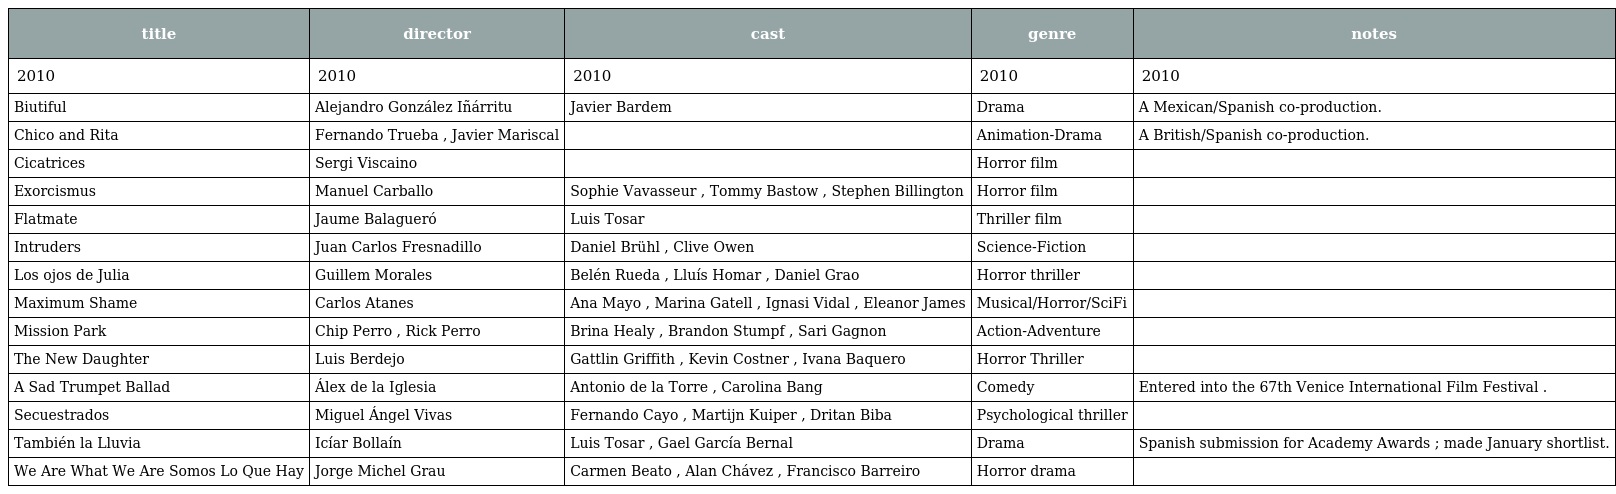
| title | director | cast | genre | notes |
 | --- | --- | --- | --- | --- |
 | 2010 | 2010 | 2010 | 2010 | 2010 |
 | Biutiful | Alejandro González Iñárritu | Javier Bardem | Drama | A Mexican/Spanish co-production. |
 | Chico and Rita | Fernando Trueba , Javier Mariscal |  | Animation-Drama | A British/Spanish co-production. |
 | Cicatrices | Sergi Viscaino |  | Horror film |  |
 | Exorcismus | Manuel Carballo | Sophie Vavasseur , Tommy Bastow , Stephen Billington | Horror film |  |
 | Flatmate | Jaume Balagueró | Luis Tosar | Thriller film |  |
 | Intruders | Juan Carlos Fresnadillo | Daniel Brühl , Clive Owen | Science-Fiction |  |
 | Los ojos de Julia | Guillem Morales | Belén Rueda , Lluís Homar , Daniel Grao | Horror thriller |  |
 | Maximum Shame | Carlos Atanes | Ana Mayo , Marina Gatell , Ignasi Vidal , Eleanor James | Musical/Horror/SciFi |  |
 | Mission Park | Chip Perro , Rick Perro | Brina Healy , Brandon Stumpf , Sari Gagnon | Action-Adventure |  |
 | The New Daughter | Luis Berdejo | Gattlin Griffith , Kevin Costner , Ivana Baquero | Horror Thriller |  |
 | A Sad Trumpet Ballad | Álex de la Iglesia | Antonio de la Torre , Carolina Bang | Comedy | Entered into the 67th Venice International Film Festival . |
 | Secuestrados | Miguel Ángel Vivas | Fernando Cayo , Martijn Kuiper , Dritan Biba | Psychological thriller |  |
 | También la Lluvia | Icíar Bollaín | Luis Tosar , Gael García Bernal | Drama | Spanish submission for Academy Awards ; made January shortlist. |
 | We Are What We Are Somos Lo Que Hay | Jorge Michel Grau | Carmen Beato , Alan Chávez , Francisco Barreiro | Horror drama |  |